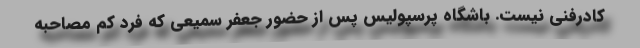
کادرفنی نیست. باشگاه پرسپولیس پس از حضور جعفر سمیعی که فرد کم مصاحبه